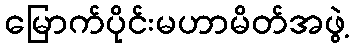
မြောက်ပိုင်းမဟာမိတ်အဖွဲ့